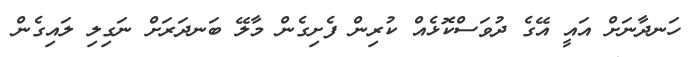
ހަނދާނަށް އައީ އޭގެ ދުވަސްކޮޅެއް ކުރިން ފެށިގެން މާލޭ ބަނދަރަށް ނަގިލި ލައިގެން